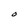
Character: O